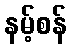
နမ့်စန်